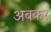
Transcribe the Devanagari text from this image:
अबकर